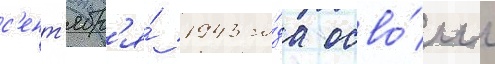
с'ент'ябр'я́ 1943 го́да осво́ил